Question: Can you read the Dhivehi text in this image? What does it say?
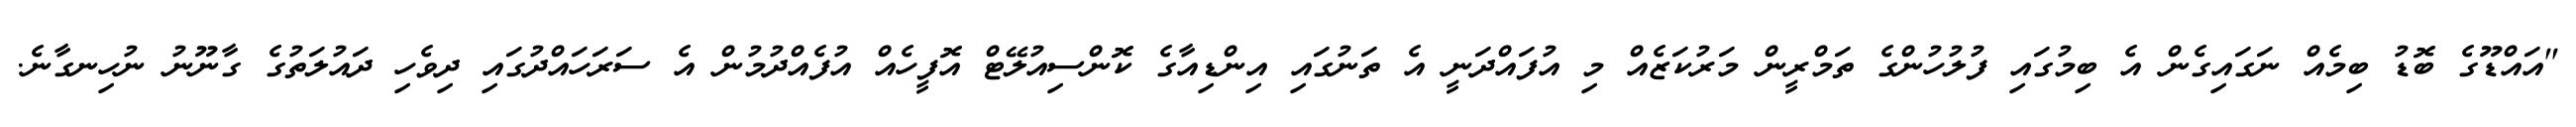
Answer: "އައްޑޫގެ ބޮޑު ބިމެއް ނަގައިގެން އެ ބިމުގައި ފުލުހުންގެ ތަމްރީން މަރުކަޒެއް މި އުފައްދަނީ އެ ތަނުގައި އިންޑިއާގެ ކޮންސިއުލޭޓް އޮފީހެއް އުފެއްދުމުން އެ ސަރަހައްދުގައި ދިވެހި ދައުލަތުގެ ގާނޫނު ނުހިނގާނެ.